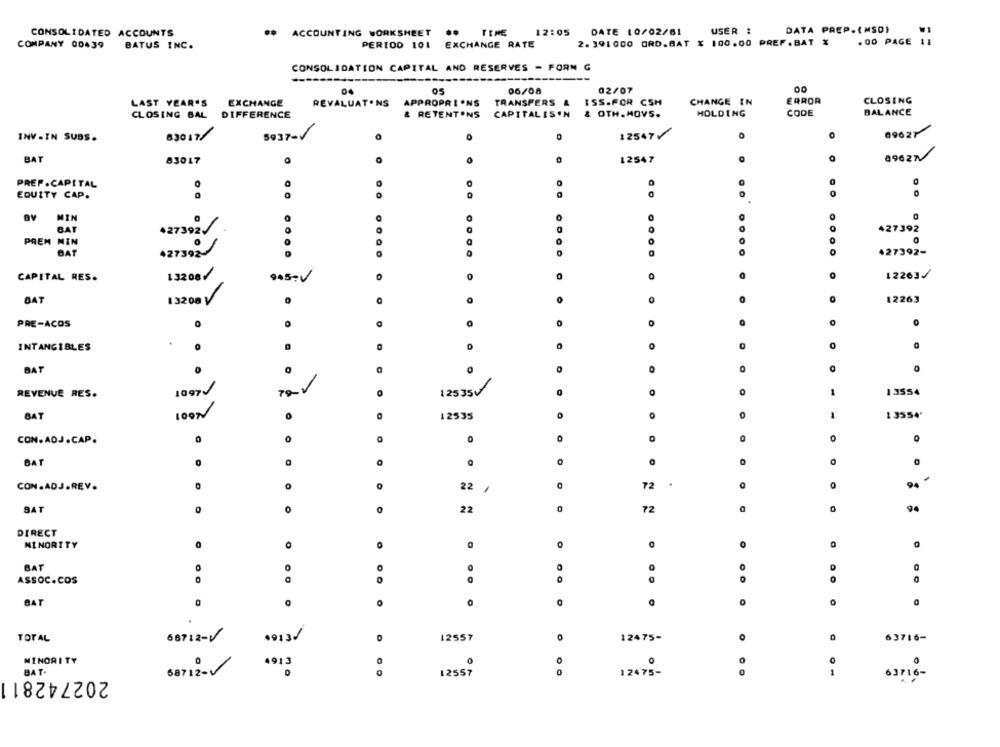
DATE 10/02/61
USER :
DATA PREP.(MSD)
CONSOLIDATED ACCOUNTS
..
ACCOUNTING WORKSHEET
..
TIME
12:05
COMPANY 00439
BATUS INC.
PERIOD 101
EXCHANGE RATE
2.391000 ORD.BAT % 100.00 PREF. BAT X
.00 PAGE 11
CONSOLIDATION CAPITAL AND RESERVES - FORN G
04
06/08
02/07
00
LAST YEAR'S
EXCHANGE
REVALUATONS
APPROPRI ONS
TRANSFERS &
ISS.FOR CSH
CHANGE IN
ERROR
CLOSING
& OTH. MOVS.
HOLDING
CODE
BALANCE
CLOSING BAL DIFFERENCE
& RETENTONS CAPITALISON
830 17/
12547
69627
INV . IN SUBS.
5937-V
89627
BAT
83017
0
12547
PREF.CAPITAL
..
EQUITY CAP.
MIN
Bv
BAT
427392
427392
PREM NIN
BAT
427392
....
427392-
....
....
CAPITAL RES.
13208/
O
12263/
BAT
13200
12263
PRE-ACOS
0
O
INTANGIBLES
0
BAT
.
0
REVENUE RES.
1097
12535V
0
1
13554
BAT
100N
12535
1 3554*
CON.ADJ.CAP.
0
0
BAT
CON.ADJ.REV.
0
72
22 /
SAT
0
22
72
0
DIRECT
MINORITY
0
0
0
BAT
0
ASSOC.COS
BAT
0
0
.
12557
TOTAL
66712-V
.913
1.
O
12475-
63716-
MINORITY
4913
BAT
68712 -
0
202742811
...
12557
12475 -
63716 -